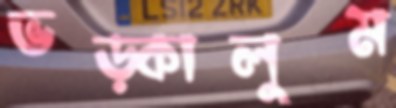
ভড়্‌কালুম